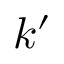
k ^ { \prime }